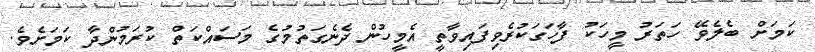
ކަމަށް ބެލެވޭ ހަތަރު މީހަކު ފާހަގަކުރެވިފައިވާތީ އެމީހުން ދެނެގަތުމުގެ މަސައްކަތް ކުރަމުންދާ ކަމަށެވެ.